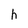
Character: h